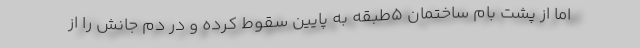
اما از پشت بام ساختمان ۵طبقه به پایین سقوط کرده و در دم جانش را از